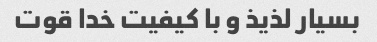
بسیار لذیذ و با کیفیت خدا قوت